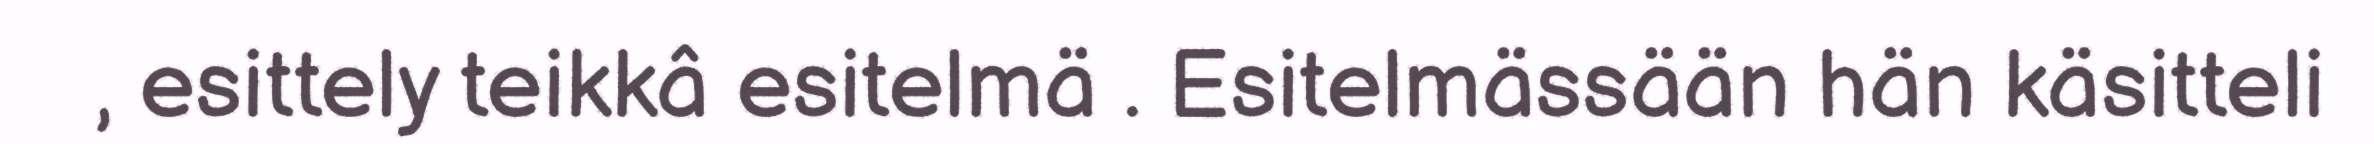
, esittely teikkâ esitelmä . Esitelmässään hän käsitteli